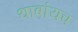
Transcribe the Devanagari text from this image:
थाबांयच